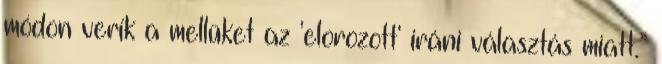
módon verik a mellüket az 'elorozott' iráni választás miatt.”